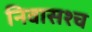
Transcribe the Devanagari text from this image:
निवासश्च